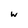
Character: w